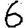
Digit: 6